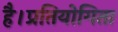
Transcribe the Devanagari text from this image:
है।प्रतियोगिता